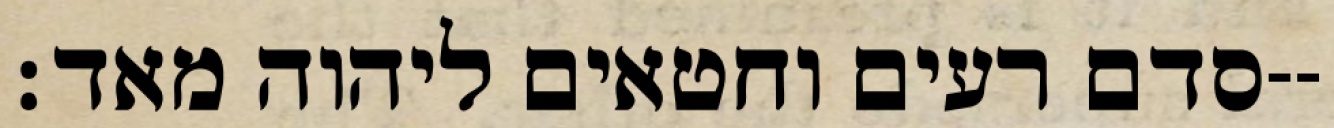
סדם רעים וחטאים ליהוה מאד׃--